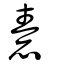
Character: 惷